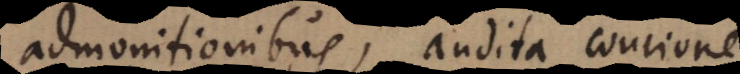
admonitionibus, audita concione